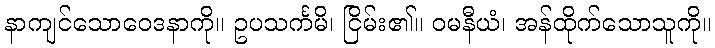
နာကျင်သောဝေဒနာကို။ ဥပသင်္ကမိ၊ ငြိမ်း၏။ ဝမနီယံ၊ အန်ထိုက်သောသူကို။